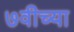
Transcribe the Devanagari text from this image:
७वीच्या